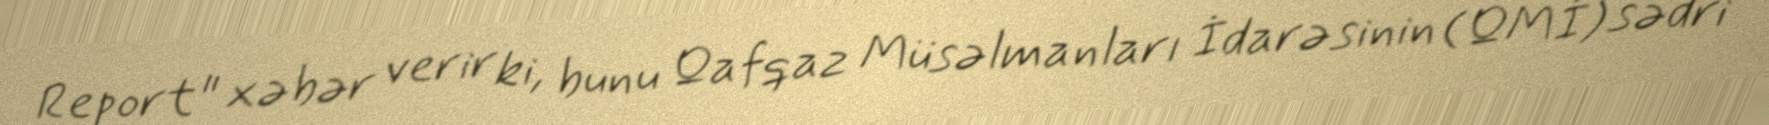
Report" xəbər verir ki, bunu Qafqaz Müsəlmanları İdarəsinin (QMİ) sədri